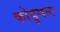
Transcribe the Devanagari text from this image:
कोडुगल